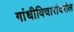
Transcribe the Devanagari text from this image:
गांधीविचारांवरील